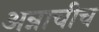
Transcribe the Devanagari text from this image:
अन्नाचीच